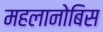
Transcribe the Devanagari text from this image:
महलानोबिस